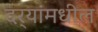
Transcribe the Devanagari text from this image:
दर्‍यांमधील